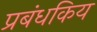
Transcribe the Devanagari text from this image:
प्रबंधकिय